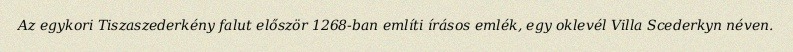
Az egykori Tiszaszederkény falut először 1268-ban említi írásos emlék, egy oklevél Villa Scederkyn néven.